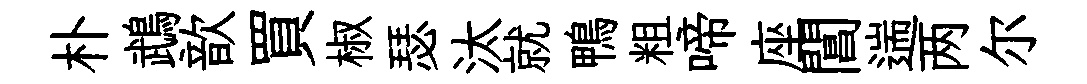
朴鵡歆買椒瑟汰就鴨粗啼座閶遄两尔